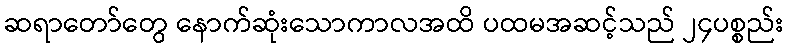
ဆရာတော်တွေ နောက်ဆုံးသောကာလအထိ ပထမအဆင့်သည် ၂၄ပစ္စည်း